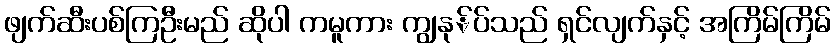
ဖျက်ဆီးပစ်ကြဦးမည် ဆိုပါ ကမူကား ကျွနု်ပ်သည် ရှင်လျက်နှင့် အကြိမ်ကြိမ်